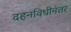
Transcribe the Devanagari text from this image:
दहनविधीनंतर